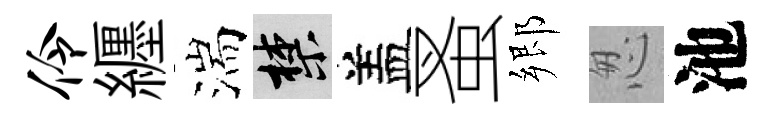
伶纒湍禁盖蚤郷怱池